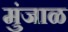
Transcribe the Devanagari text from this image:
मुंजाळ